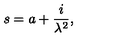
s = a + \frac { i } { \lambda ^ { 2 } } ,